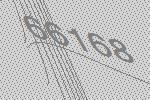
66168